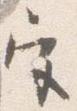
宮